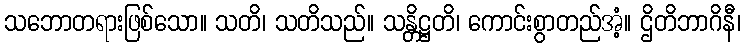
သဘောတရားဖြစ်သော။ သတိ၊ သတိသည်။ သန္တိဋ္ဌတိ၊ ကောင်းစွာတည်အံ့။ ဌိတိဘာဂိနီ၊